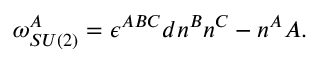
\omega _ { S U ( 2 ) } ^ { A } = \epsilon ^ { A B C } d n ^ { B } n ^ { C } - n ^ { A } A .